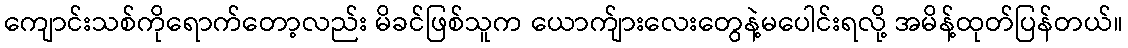
ကျောင်းသစ်ကိုရောက်တော့လည်း မိခင်ဖြစ်သူက ယောက်ျားလေးတွေနဲ့မပေါင်းရလို့ အမိန့်ထုတ်ပြန်တယ်။